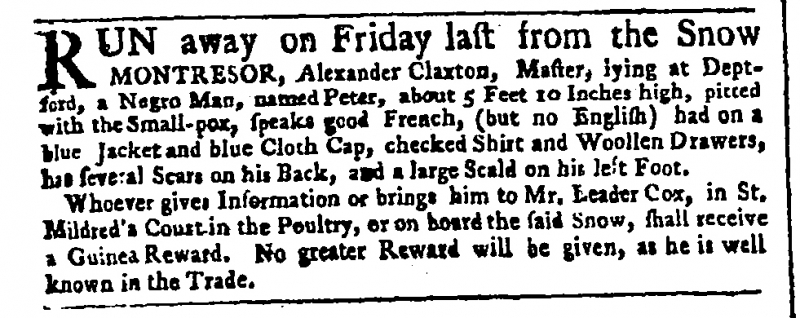
Public Advertiser, 22 November 1759 (England)
RUN away on Friday last from the Snow MONTRESOR, Alexander Claxton, Master, lying at Deptford, a Negro Man, named Peter, about 5 feet 10 Inches high, pitted with the Small-pox, speaks good French, (but no English) had on a blue Jacket and blue Cloth Cap, checked Shirt and Woollen Drawers, has Several Scars on his Back, and a large Scald on his left Foot.  Whoever gives Information or brings him to Mr. Leader Cox, in St. Mildred’s Court in the Poultry, or on board the said Snow, shall receive a Guinea Reward. No greater Reward will be given, as he is well known in the Trade.